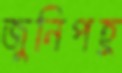
জুনিপহ্র